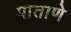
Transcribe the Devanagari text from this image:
पाताणे